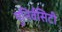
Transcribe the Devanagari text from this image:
युनिर्वसिटी